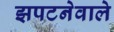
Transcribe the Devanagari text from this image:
झपटनेवाले